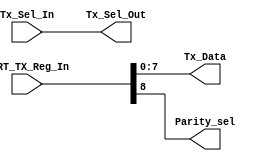
module Tx_Register_Encoder (
	input 	[31:0]	UART_TX_Reg_In,
	input					Tx_Sel_In,
	
	output	[7:0]		Tx_Data,
	output				Parity_sel,
	output				Tx_Sel_Out
);

wire [7:0] 	Tx_Data_w;
wire			Parity_Sel_w, Tx_Sel_w;

assign Tx_Data_w = UART_TX_Reg_In[7:0];
assign Parity_Sel_w = UART_TX_Reg_In[8];
assign Tx_Sel_w = Tx_Sel_In;

assign Tx_Data = Tx_Data_w;
assign Parity_sel = Parity_Sel_w;
assign Tx_Sel_Out = Tx_Sel_w;

endmodule